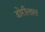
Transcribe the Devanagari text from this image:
डोरीलाल